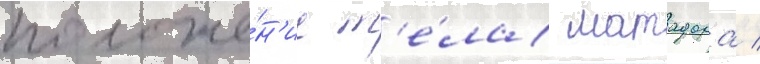
положе́н'ие т'е́ла матадора /